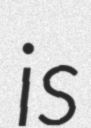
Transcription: is